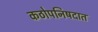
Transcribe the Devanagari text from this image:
कठोपनिषदात